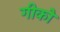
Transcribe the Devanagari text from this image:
गीको